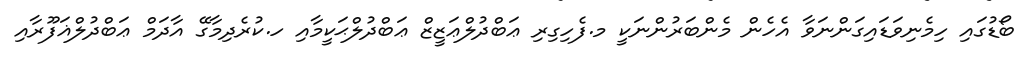
ބޯޑުގައި ހިމެނިވަޑައިގަންނަވާ އެހެން މެންބަރުންނަކީ މ.ފެހިގިރި ޢަބްދުލްޢަޒީޒް ޢަބްދުލްޙަކީމާއި ހ.ކުރެދިމާގޭ އާދަމް ޢަބްދުލްޣަފޫރާއި